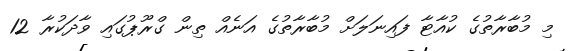
މި މުބާރާތުގެ ކުއާޓާ ފައިނަލަށް މުބާރާތުގެ އަނެއް ތިން ގްރޫޕުގައި ވާދަކުރާ 12